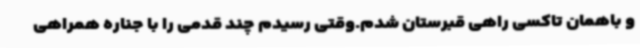
و باهمان تاکسی راهی قبرستان شدم.وقتی رسیدم چند قدمی را با جناره همراهی